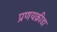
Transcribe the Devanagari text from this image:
प्रणयक्रीडा